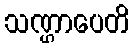
သဏ္ဌာပေတိ